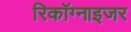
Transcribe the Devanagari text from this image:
रिकॉग्नाइजर